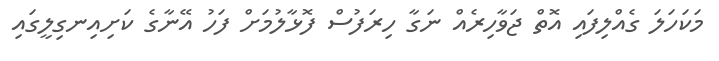
މަކަހަލަ ގެއްލިފައި އޮތް ޖަވާހިރެއް ނަގާ ހިރަފުސް ފޮޅާލުމަށް ފަހު އޭނާގެ ކަށިއިނގިލީގައި